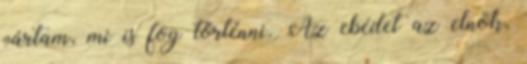
vártam, mi is fog történni. Az ebédet az elnök,